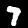
Digit: 7